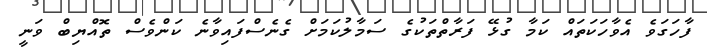
ފާހަގަވެ އެވާހަކަތައް ކަމާ ގުޅޭ ފަރާތްތަކުގެ ސަމާލުކަމަށް ގެނެސްފައިވާނެ ކަންވެސް ތޮއްޔިބް ވަނީ